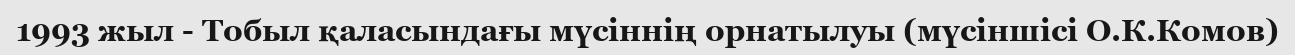
1993 жыл - Тобыл қаласындағы мүсіннің орнатылуы (мүсіншісі О.К.Комов)